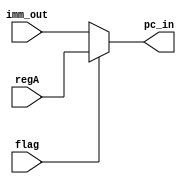
`timescale 1 ns / 1 ps

module program_counter_preset (imm_out,regA,flag,pc_in);

input [15:0] imm_out, regA;
input flag;

output reg [15:0] pc_in;

always @(*)
begin
	//pc_in <= (flag ? regA : imm_out);
	if (flag)
	begin
		pc_in = regA;
	end
	else
	begin
		pc_in = imm_out;	
	end
end

endmodule